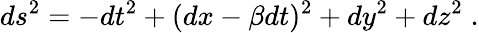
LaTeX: ds^{2}=-dt^{2}+(dx-\beta dt)^{2}+dy^{2}+dz^{2}\; .